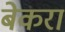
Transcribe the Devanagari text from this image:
बेकरा